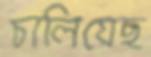
চালিয়েছ